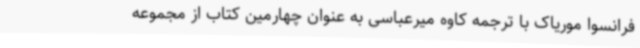
فرانسوا موریاک با ترجمه کاوه میرعباسی به عنوان چهارمین کتاب از مجموعه